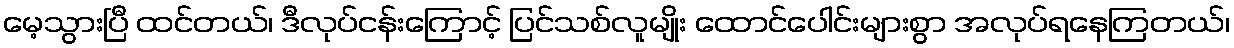
မေ့သွားပြီ ထင်တယ်၊ ဒီလုပ်ငန်းကြောင့် ပြင်သစ်လူမျိုး ထောင်ပေါင်းများစွာ အလုပ်ရနေကြတယ်၊